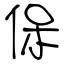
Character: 保